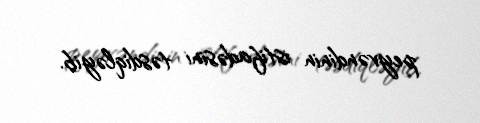
peyvəndinin istifadəsini təsdiqləyib.